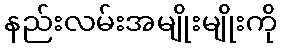
နည်းလမ်းအမျိုးမျိုးကို